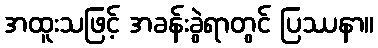
အထူးသဖြင့် အခန်းခွဲရာတွင် ပြဿနာ။